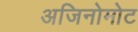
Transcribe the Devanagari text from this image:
अजिनोमोट